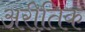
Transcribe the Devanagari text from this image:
अरीतिक